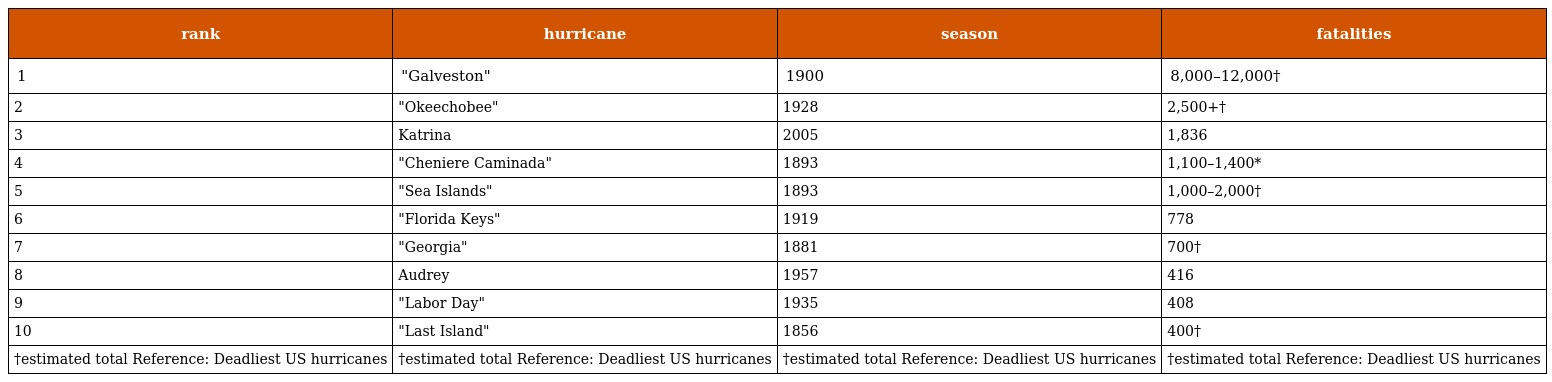
| rank | hurricane | season | fatalities |
 | --- | --- | --- | --- |
 | 1 | "Galveston" | 1900 | 8,000–12,000† |
 | 2 | "Okeechobee" | 1928 | 2,500+† |
 | 3 | Katrina | 2005 | 1,836 |
 | 4 | "Cheniere Caminada" | 1893 | 1,100–1,400* |
 | 5 | "Sea Islands" | 1893 | 1,000–2,000† |
 | 6 | "Florida Keys" | 1919 | 778 |
 | 7 | "Georgia" | 1881 | 700† |
 | 8 | Audrey | 1957 | 416 |
 | 9 | "Labor Day" | 1935 | 408 |
 | 10 | "Last Island" | 1856 | 400† |
 | †estimated total Reference: Deadliest US hurricanes | †estimated total Reference: Deadliest US hurricanes | †estimated total Reference: Deadliest US hurricanes | †estimated total Reference: Deadliest US hurricanes |